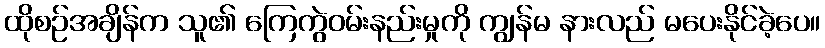
ထိုစဉ်အချိန်က သူ၏ ကြေကွဲဝမ်းနည်းမှုကို ကျွန်မ နားလည် မပေးနိုင်ခဲ့ပေ။